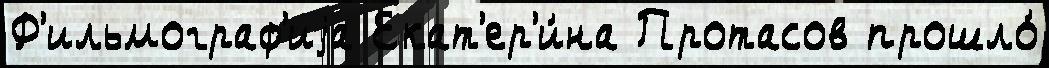
Ф'ильмограф'иjа Екат'ер'и́на Протасов прошло́